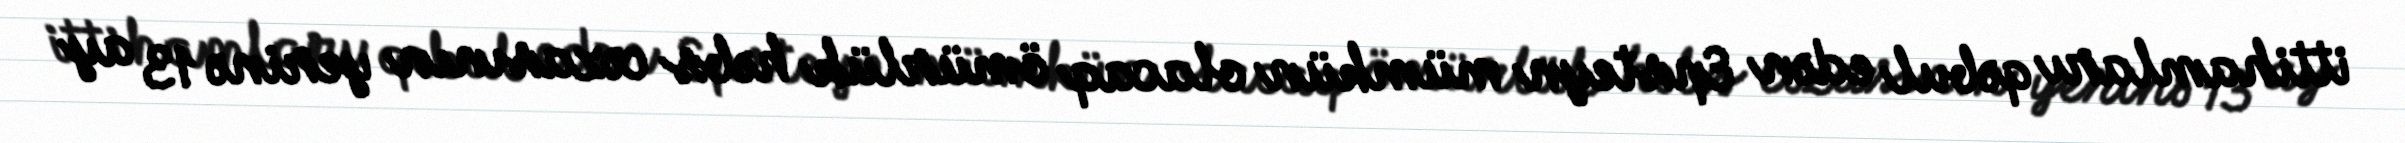
ittihamları qəbul edən Epsteyn mümkün olacaq ömürlük həbs cəzasının yerinə 13 ay